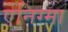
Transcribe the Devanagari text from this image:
ऐनिग्मा